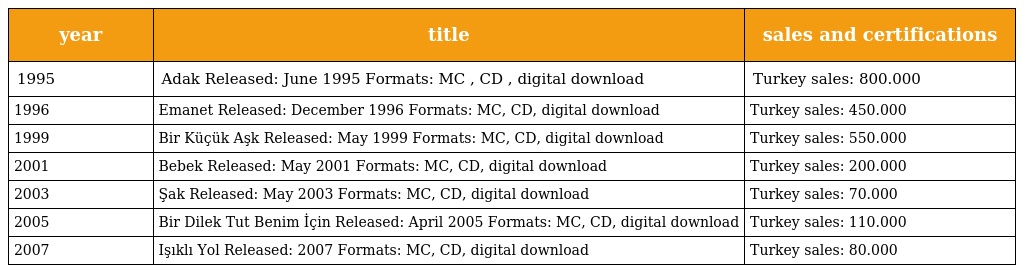
| year | title | sales and certifications |
 | --- | --- | --- |
 | 1995 | Adak Released: June 1995 Formats: MC , CD , digital download | Turkey sales: 800.000 |
 | 1996 | Emanet Released: December 1996 Formats: MC, CD, digital download | Turkey sales: 450.000 |
 | 1999 | Bir Küçük Aşk Released: May 1999 Formats: MC, CD, digital download | Turkey sales: 550.000 |
 | 2001 | Bebek Released: May 2001 Formats: MC, CD, digital download | Turkey sales: 200.000 |
 | 2003 | Şak Released: May 2003 Formats: MC, CD, digital download | Turkey sales: 70.000 |
 | 2005 | Bir Dilek Tut Benim İçin Released: April 2005 Formats: MC, CD, digital download | Turkey sales: 110.000 |
 | 2007 | Işıklı Yol Released: 2007 Formats: MC, CD, digital download | Turkey sales: 80.000 |